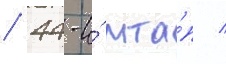
/ 44-и́ мта́п /